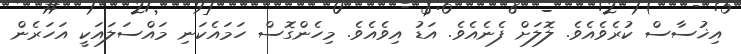
އިޚުސާސް ކުރެވެއެވެ. ލޮލަށް ފެނެއެވެ. އަޑު އިވެއެވެ. މިހެންގޮސް ހަމައެކަނި މައްސަލައަކީ އަހަރެން